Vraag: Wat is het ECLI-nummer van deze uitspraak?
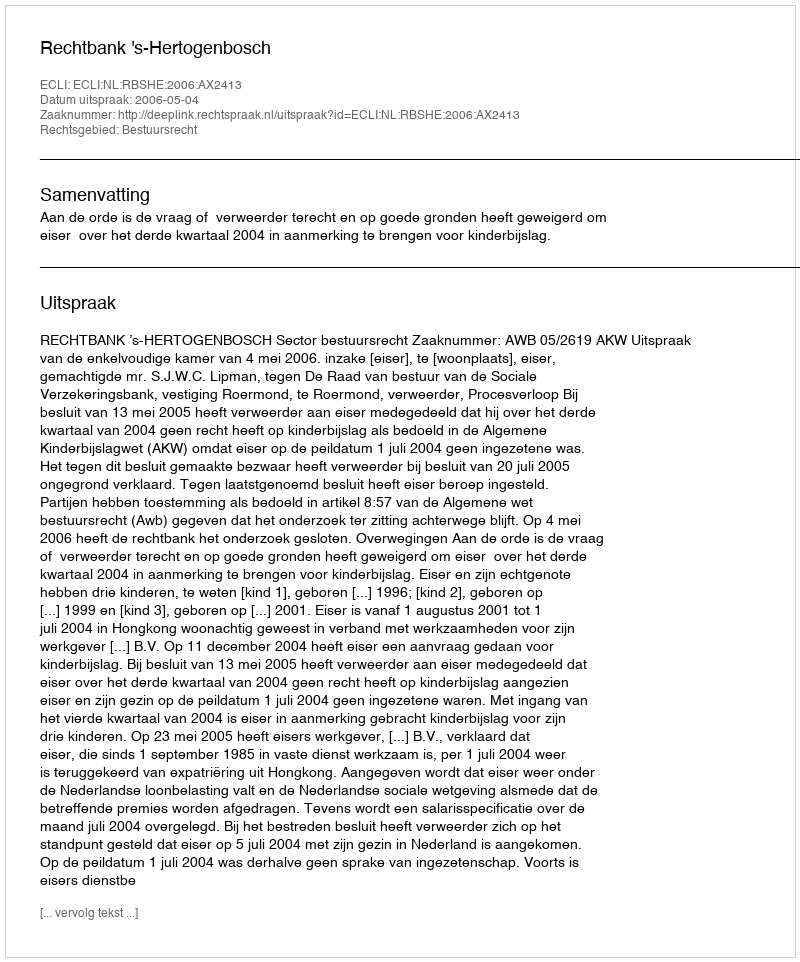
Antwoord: ECLI:NL:RBSHE:2006:AX2413